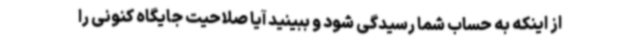
از اینکه به حساب شما رسیدگی شود و ببینید آیا صلاحیت جایگاه کنونی را